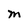
Character: M